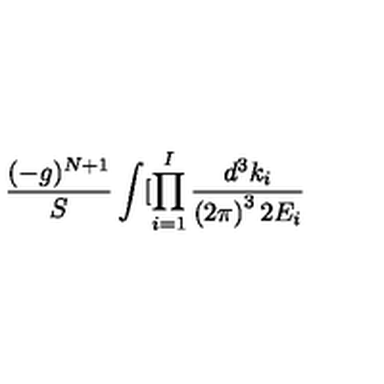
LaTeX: \frac { ( - g ) ^ { N + 1 } } S \int [ \prod _ { i = 1 } ^ { I } \frac { d ^ { 3 } k _ { i } } { \left( 2 \pi \right) ^ { 3 } 2 E _ { i } }